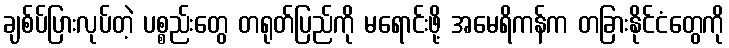
ချစ်ပ်ပြားလုပ်တဲ့ ပစ္စည်းတွေ တရုတ်ပြည်ကို မရောင်းဖို့ အမေရိကန်က တခြားနိုင်ငံတွေကို